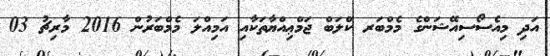
އަދި މިއެސޯސިއޭޝަންގެ މެމްބަރ ކްލަބް ޖަމްޢިއްޔާތަކާއި އަމިއްލަ މެމްބަރުން 2016 މާރިޗު 03